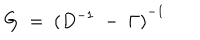
LaTeX: G \; = \; { ( D ^ { - 1 } \; - \; \Gamma ) } ^ { - 1 } \;